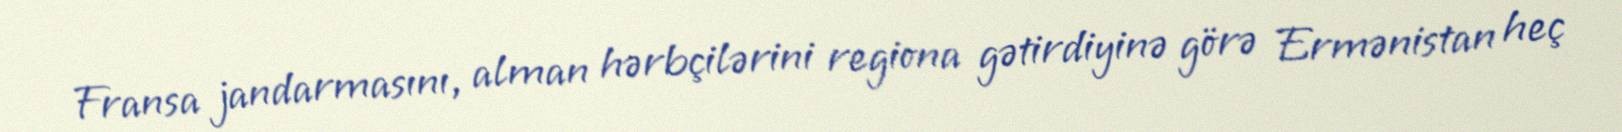
Fransa jandarmasını, alman hərbçilərini regiona gətirdiyinə görə Ermənistan heç